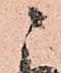
ニ